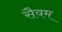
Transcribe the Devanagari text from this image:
सैवम